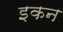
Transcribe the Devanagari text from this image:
इकन